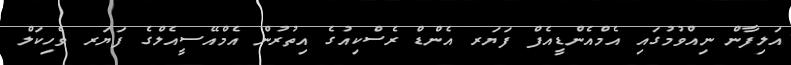
އަލިފާން ނިއްވުމުގައި އެމްއެންޑީއެފް ފަޔަރ އެންޑް ރެސްކިއުގެ އިތުރުން އެމްއޭސީއެލްގެ ފަޔަރ ވެހިކަލް